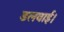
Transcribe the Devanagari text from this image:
डलवाई।